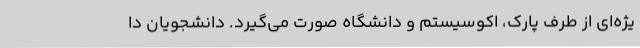
یژه‌ای از طرف پارک، اکوسیستم و دانشگاه صورت می‌گیرد. دانشجویان دا